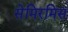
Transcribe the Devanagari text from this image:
सेमिरमिस